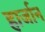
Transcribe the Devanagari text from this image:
हार्जान